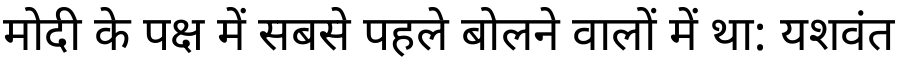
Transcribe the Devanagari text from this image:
मोदी के पक्ष में सबसे पहले बोलने वालों में था: यशवंत